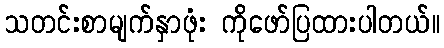
သတင်းစာမျက်နှာဖုံး ကိုဖော်ပြထားပါတယ်။